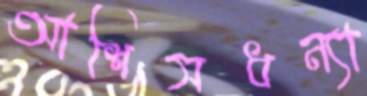
আশিসধন্যা